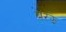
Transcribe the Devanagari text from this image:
बरझे